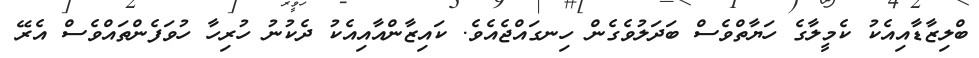
ބްލިޒާޑާއިއެކު ކެމީލާގެ ހަޔާތްވެސް ބަދަލުވެގެން ހިނގައްޖެއެވެ. ކައިޒާންއާއިއެކު ދެކުނު ހުރިހާ ހުވަފެންތައްވެސް އެރޭ